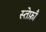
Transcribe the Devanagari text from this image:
स्तेफ़ाँ